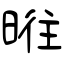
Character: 暀